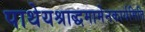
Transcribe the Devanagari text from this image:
पाथेयश्राद्धमामेनकार्यमिति